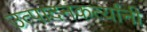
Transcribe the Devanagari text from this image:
उत्पादनकर्त्यांनी